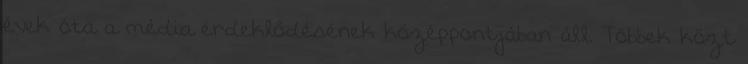
évek óta a média érdeklődésének középpontjában áll. Többek közt